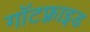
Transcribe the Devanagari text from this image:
गॉटफ़्राइड